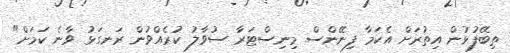
ތިބޭފުޅުން އިތުރަށް އެކަމާ ފިނޭންސް މިނިސްޓަރާ ސުވާލު ކުރެއްވުން ރަނގަޅު ވާނެ ކަމަށް"